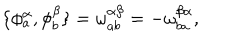
LaTeX: \{ \phi _ { a } ^ { \alpha } , \phi _ { b } ^ { \beta } \} = \omega _ { a b } ^ { \alpha \beta } = - \omega _ { b a } ^ { \beta \alpha } ,